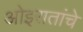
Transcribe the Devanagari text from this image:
ओइरातांचे